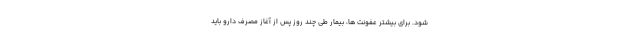
شود. برای بیشتر عفونت ها، بیمار طی چند روز پس از آغاز مصرف دارو باید